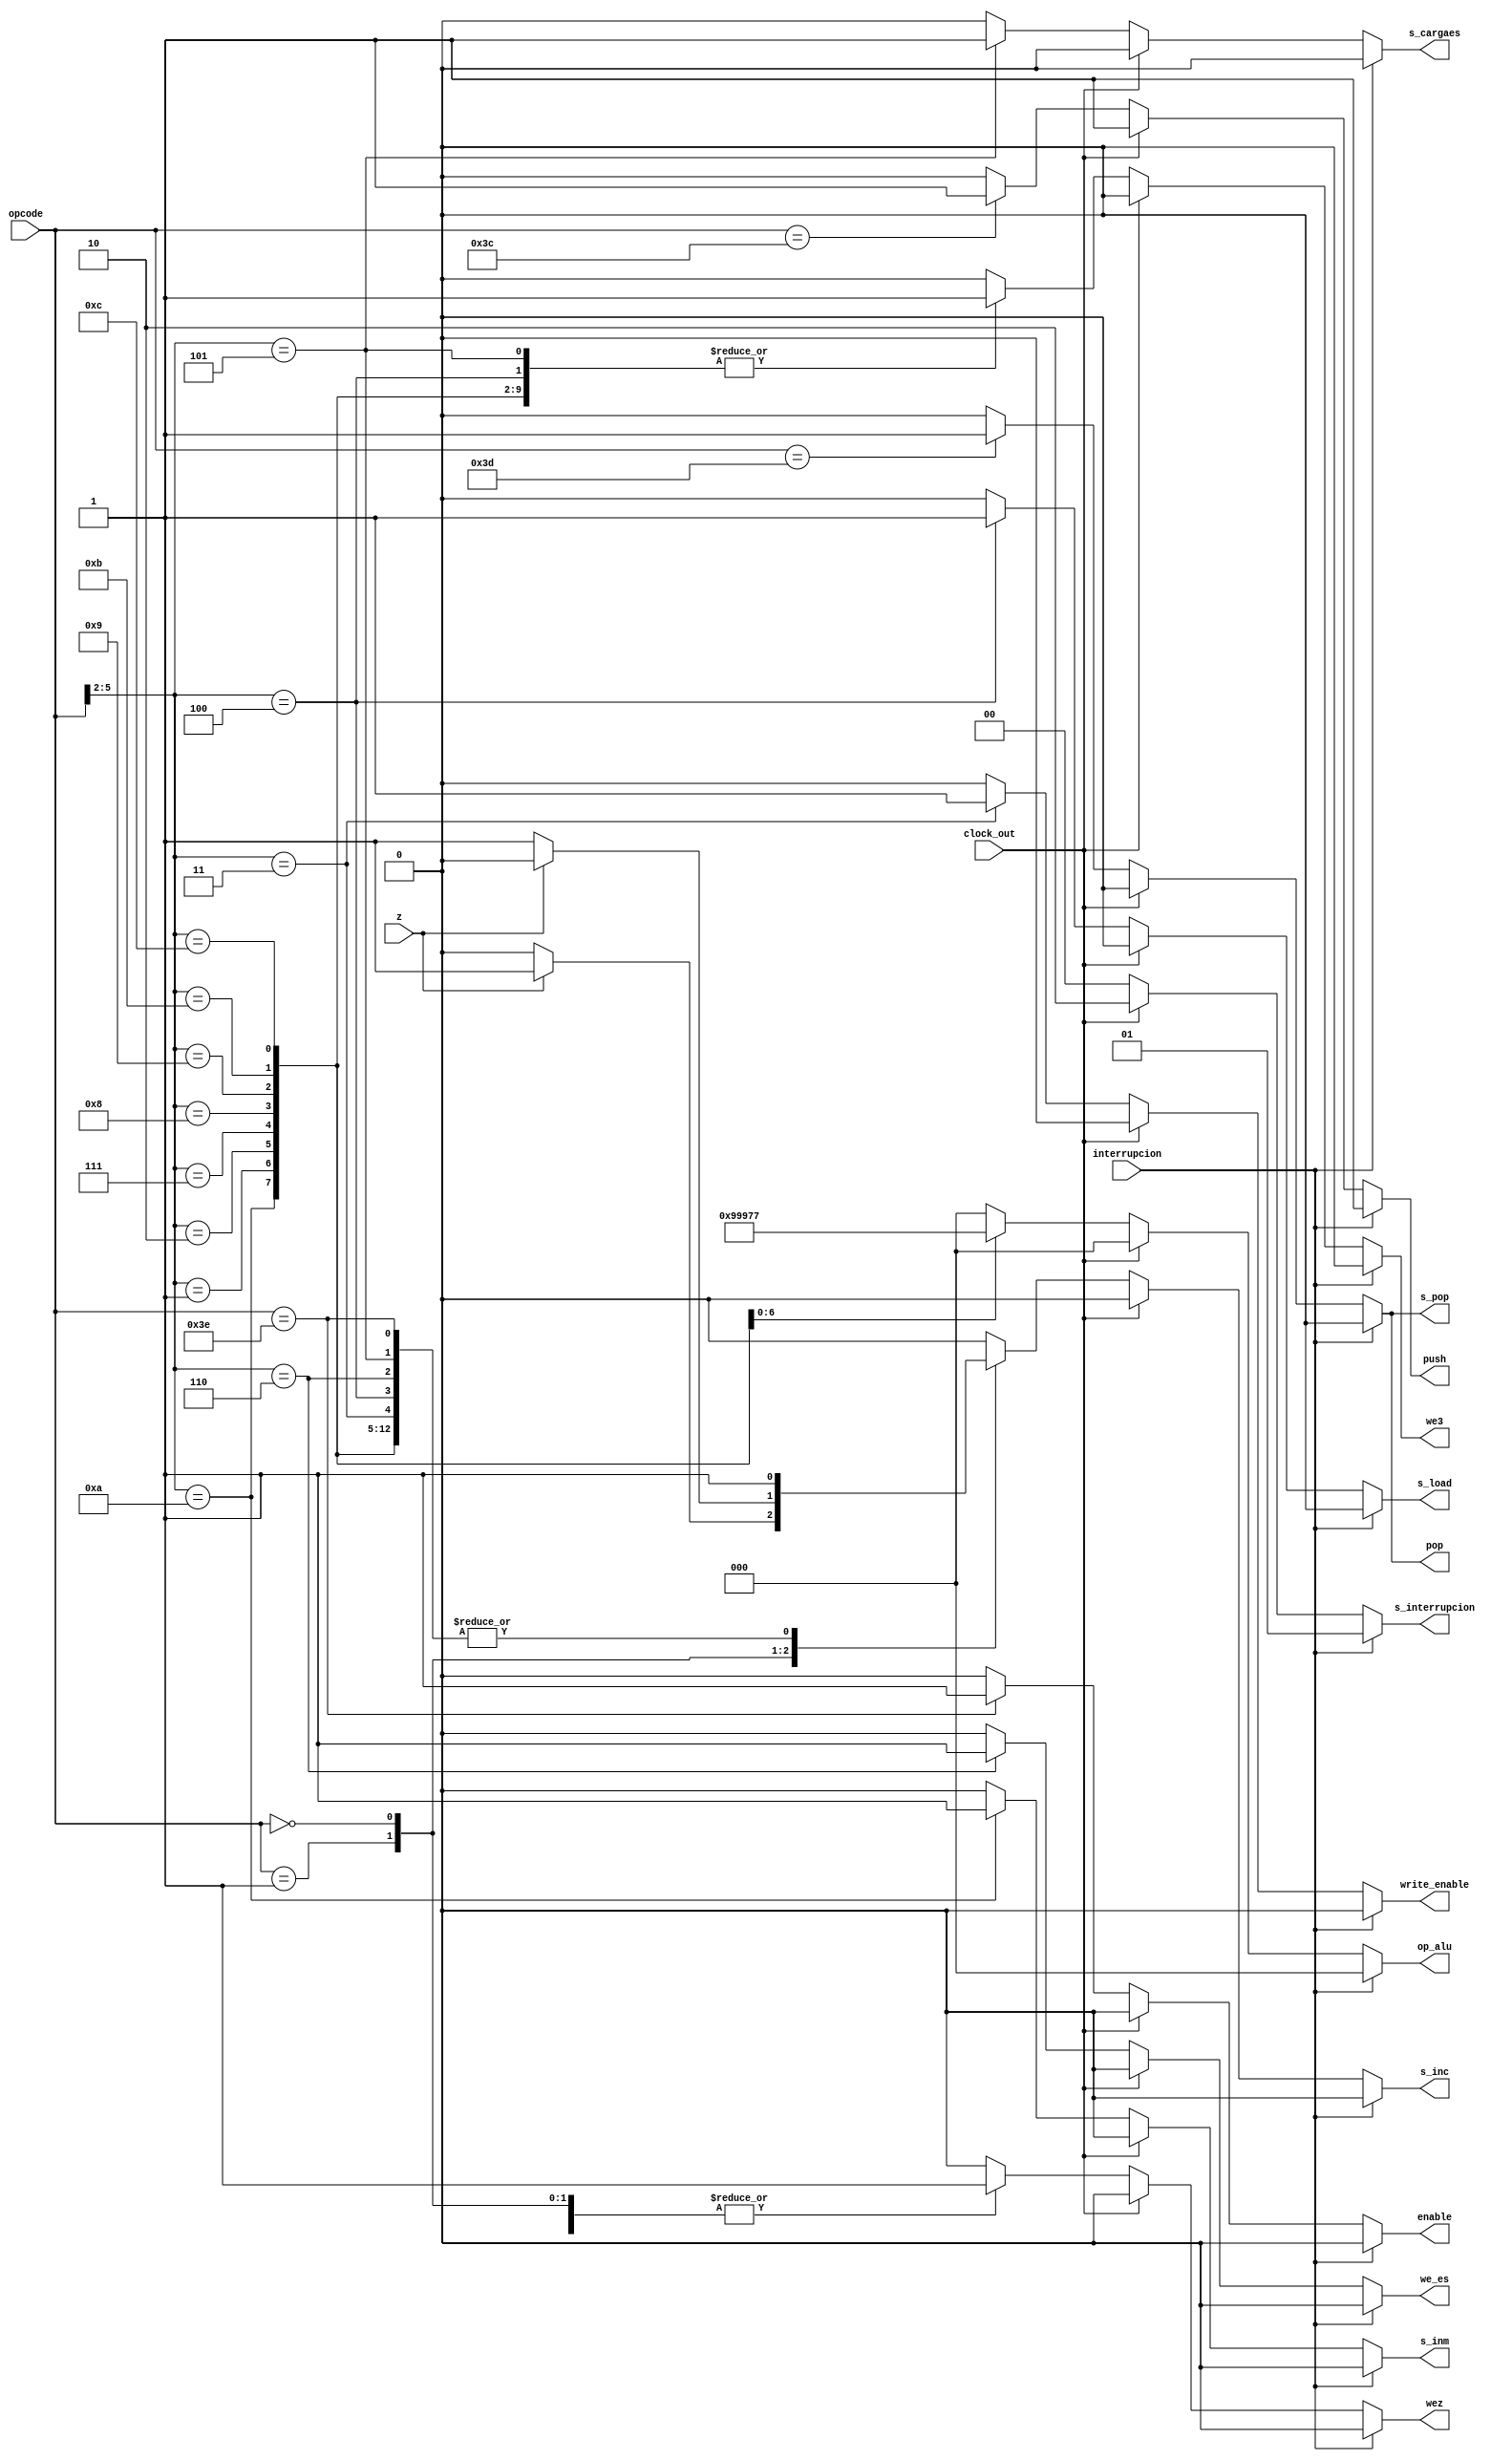
module uc(output reg [1:0] s_interrupcion, input wire [5:0] opcode, input wire z, interrupcion, clock_out,output reg s_inc, s_inm, we3, wez, push, pop, s_pop, write_enable, s_load, we_es,s_cargaes, enable,  output reg [2:0] op_alu);

parameter salto_absoluto = 6'b000011;
parameter salto_condicional_z = 6'b000001;
parameter salto_condicional_noz = 6'b000000;
parameter carga_inmediata = 6'b1010??;
parameter suma = 6'b0001??;
parameter resta = 6'b0010??;
parameter salto_sub = 6'b111100;
parameter retorno_sub = 6'b111101;
parameter guardar_memoria = 6'b0011??;
parameter cargar_memoria = 6'b0100??;
parameter entrada_es = 6'b0101??;
parameter salida_es = 6'b0110??;
parameter clk_conf = 6'b111110; // dejamos dos bits e usamos 8, 2 para base, 6 para umbral
parameter inversion = 6'b0111??;
parameter AND = 6'b1000??;
parameter OR = 6'b1001??;
parameter negar1 = 6'b1011??;
parameter negar2 = 6'b1100??;



always @(*) begin
    if (interrupcion) begin
                            s_inc = 1'b0;
                            s_inm = 1'b0;
                            we3 = 1'b0;
                            wez = 1'b0;
                            op_alu = 3'b000;
                            push = 1'b1;
                            pop = 1'b0;
                            s_pop = 1'b0;
                            write_enable = 1'b0;
                            s_load = 1'b0;
                            we_es = 1'b0;
                            s_cargaes = 1'b0; 
                            s_interrupcion =2'b01;
                            enable = 1'b0;
                            
    end else if (clock_out)begin
                            s_inc = 1'b0;
                            s_inm = 1'b0;
                            we3 = 1'b0;
                            wez = 1'b0;
                            op_alu = 3'b000;
                            push = 1'b1;
                            pop = 1'b0;
                            s_pop = 1'b0;
                            write_enable = 1'b0;
                            s_load = 1'b0;
                            we_es = 1'b0;
                            s_cargaes = 1'b0; 
                            s_interrupcion =2'b10;
                            enable = 1'b0;
    end else begin
                            
    casez (opcode)
        salto_sub:begin
                            s_inc = 1'b0;
                            s_inm = 1'b0;
                            we3 = 1'b0;
                            wez = 1'b0;
                            op_alu = 3'b000;
                            push = 1'b1;
                            pop = 1'b0;
                            s_pop = 1'b0;
                            write_enable = 1'b0;
                            s_load = 1'b0;
                            we_es = 1'b0;
                            s_cargaes = 1'b0;
                            s_interrupcion =2'b00;
                            enable = 1'b0;
                            
                        end
        retorno_sub:begin
                            s_inc = 1'b0;
                            s_inm = 1'b0;
                            we3 = 1'b0;
                            wez = 1'b0;
                            op_alu = 3'b000;
                            push = 1'b0;
                            pop = 1'b1;
                            s_pop = 1'b1;
                            write_enable = 1'b0;
                            s_load = 1'b0;
                            we_es = 1'b0;
                            s_cargaes = 1'b0;
                            s_interrupcion =2'b00;
                            enable = 1'b0;
                            
                        end
        salto_absoluto:begin
                            s_inc = 1'b0;
                            s_inm = 1'b0;
                            we3 = 1'b0;
                            wez = 1'b0;
                            op_alu = 3'b000;
                            push = 1'b0;
                            pop = 1'b0;
                            s_pop = 1'b0;
                            write_enable = 1'b0;
                            s_load = 1'b0;
                            we_es = 1'b0;
                            s_cargaes = 1'b0;
                            s_interrupcion =2'b00;
                            enable = 1'b0;
                            
                        end
        salto_condicional_z:begin
            if(z == 0) begin
                s_inc = 1'b0;
                s_inm = 1'b0;
                we3 = 1'b0;
                wez = 1'b1;
                op_alu = 3'b000;
                push = 1'b0;
                pop = 1'b0;
                s_pop = 1'b0;
                write_enable = 1'b0;
                s_load = 1'b0; 
                we_es = 1'b0;
                s_cargaes = 1'b0;
                s_interrupcion =2'b00;
                enable = 1'b0;
                
            end else begin
                s_inc = 1'b1;
                s_inm = 1'b0;
                we3 = 1'b0;
                wez = 1'b1;
                op_alu = 3'b000;
                push = 1'b0;
                pop = 1'b0;
                s_pop = 1'b0;
                write_enable = 1'b0;
                s_load = 1'b0;
                we_es = 1'b0;
                s_cargaes = 1'b0;
                s_interrupcion =2'b00;
                enable = 1'b0;
                
            end
            
        end
        salto_condicional_noz:begin
            if(z == 0) begin
                s_inc = 1'b1;
                s_inm = 1'b0;
                we3 = 1'b0;
                wez = 1'b1;
                op_alu = 3'b000;
                push = 1'b0;
                pop = 1'b0;
                s_pop = 1'b0;
                write_enable = 1'b0;
                s_load = 1'b0;
                we_es = 1'b0;
                s_cargaes = 1'b0;
                s_interrupcion =2'b00;
                enable = 1'b0;
                
            end else begin
                s_inc = 1'b0;
                s_inm = 1'b0;
                we3 = 1'b0;
                wez = 1'b1;
                op_alu = 3'b000;
                push = 1'b0;
                pop = 1'b0;
                s_pop = 1'b0;
                write_enable = 1'b0;
                s_load = 1'b0;
                we_es = 1'b0;
                s_cargaes = 1'b0;
                s_interrupcion =2'b00;
                enable = 1'b0;
                
            end
            
        end
        carga_inmediata: begin
            s_inc = 1'b1;
            s_inm = 1'b1;
            we3 = 1'b1;
            wez = 1'b0;
            op_alu = 3'b000;
            push = 1'b0;
            pop = 1'b0;
            s_pop = 1'b0;
            write_enable = 1'b0;
            s_load = 1'b0;
            we_es = 1'b0;
            s_cargaes = 1'b0; 
            s_interrupcion =2'b00;
            enable = 1'b0;
            
        end

        suma: begin
            s_inc = 1'b1;
            s_inm = 1'b0;
            we3 = 1'b1;
            wez = 1'b1;
            op_alu = 3'b010;
            push = 1'b0;
            pop = 1'b0;
            s_pop = 1'b0;
            write_enable = 1'b0;
            s_load = 1'b0;
            we_es = 1'b0;
            s_cargaes = 1'b0;
            s_interrupcion =2'b00;
            enable = 1'b0;
            
        end
        resta: begin
            s_inc = 1'b1;
            s_inm = 1'b0;
            we3 = 1'b1;
            wez = 1'b1;
            op_alu = 3'b011;
            push = 1'b0;
            pop = 1'b0;
            s_pop = 1'b0;
            write_enable = 1'b0;
            s_load = 1'b0;
            we_es = 1'b0;
            s_cargaes = 1'b0;
            s_interrupcion =2'b00;
            enable = 1'b0;
            
        end
        guardar_memoria: begin
            s_inc = 1'b1;
            s_inm = 1'b0;
            we3 = 1'b0;
            wez = 1'b0;
            op_alu = 3'b000;
            push = 1'b0;
            pop = 1'b0;
            s_pop = 1'b0;
            write_enable = 1'b1;
            s_load = 1'b0;
            we_es = 1'b0;
            s_cargaes = 1'b0;
            s_interrupcion =2'b00;
            enable = 1'b0;
            
            
        end
        cargar_memoria: begin
            s_inc = 1'b1;
            s_inm = 1'b0;
            we3 = 1'b1;
            wez = 1'b0;
            op_alu = 3'b000;
            push = 1'b0;
            pop = 1'b0;
            s_pop = 1'b0;
            write_enable = 1'b0;
            s_load = 1'b1;
            we_es = 1'b0;
            s_cargaes = 1'b0;
            s_interrupcion =2'b00;
            enable = 1'b0;
            
            
        end
        entrada_es: begin
            s_inc = 1'b1;
            s_inm = 1'b0;
            we3 = 1'b1;
            wez = 1'b0;
            op_alu = 3'b000;
            push = 1'b0;
            pop = 1'b0;
            s_pop = 1'b0;
            write_enable = 1'b0;
            s_load = 1'b0;
            we_es = 1'b0;
            s_cargaes = 1'b1;
            s_interrupcion =2'b00;
            enable = 1'b0;
            
            
        end
        salida_es: begin
            s_inc = 1'b1;
            s_inm = 1'b0;
            we3 = 1'b0;
            wez = 1'b0;
            op_alu = 3'b000;
            push = 1'b0;
            pop = 1'b0;
            s_pop = 1'b0;
            write_enable = 1'b0;
            s_load = 1'b0;
            we_es = 1'b1;
            s_cargaes = 1'b0;
            s_interrupcion =2'b00;
            enable = 1'b0;
            
            
        end
        clk_conf:begin
                            s_inc = 1'b1;
                            s_inm = 1'b0;
                            we3 = 1'b0;
                            wez = 1'b0;
                            op_alu = 3'b000;
                            push = 1'b0;
                            pop = 1'b0;
                            s_pop = 1'b0;
                            write_enable = 1'b0;
                            s_load = 1'b0;
                            we_es = 1'b0;
                            s_cargaes = 1'b0;
                            s_interrupcion =2'b00;
                            enable = 1'b1;
                            
                        end

        inversion: begin
            s_inc = 1'b1;
            s_inm = 1'b0;
            we3 = 1'b1;
            wez = 1'b1;
            op_alu = 3'b001;
            push = 1'b0;
            pop = 1'b0;
            s_pop = 1'b0;
            write_enable = 1'b0;
            s_load = 1'b0;
            we_es = 1'b0;
            s_cargaes = 1'b0;
            s_interrupcion =2'b00;
            enable = 1'b0;
        end
        
        AND: begin
            s_inc = 1'b1;
            s_inm = 1'b0;
            we3 = 1'b1;
            wez = 1'b1;
            op_alu = 3'b100;
            push = 1'b0;
            pop = 1'b0;
            s_pop = 1'b0;
            write_enable = 1'b0;
            s_load = 1'b0;
            we_es = 1'b0;
            s_cargaes = 1'b0;
            s_interrupcion =2'b00;
            enable = 1'b0;
            
        end
        OR: begin
            s_inc = 1'b1;
            s_inm = 1'b0;
            we3 = 1'b1;
            wez = 1'b1;
            op_alu = 3'b101;
            push = 1'b0;
            pop = 1'b0;
            s_pop = 1'b0;
            write_enable = 1'b0;
            s_load = 1'b0;
            we_es = 1'b0;
            s_cargaes = 1'b0;
            s_interrupcion =2'b00;
            enable = 1'b0;
            
        end
        negar1: begin
            s_inc = 1'b1;
            s_inm = 1'b0;
            we3 = 1'b1;
            wez = 1'b1;
            op_alu = 3'b110;
            push = 1'b0;
            pop = 1'b0;
            s_pop = 1'b0;
            write_enable = 1'b0;
            s_load = 1'b0;
            we_es = 1'b0;
            s_cargaes = 1'b0;
            s_interrupcion =2'b00;
            enable = 1'b0;
        end
        
          negar2: begin
            s_inc = 1'b1;
            s_inm = 1'b0;
            we3 = 1'b1;
            wez = 1'b1;
            op_alu = 3'b111;
            push = 1'b0;
            pop = 1'b0;
            s_pop = 1'b0;
            write_enable = 1'b0;
            s_load = 1'b0;
            we_es = 1'b0;
            s_cargaes = 1'b0;
            s_interrupcion =2'b00;
            enable = 1'b0;
            
        
          end
        default: begin
            s_inc = 1'b0;
            s_inm = 1'b0;
            we3 = 1'b0;
            wez = 1'b0;
            op_alu = 3'b000;
            push = 1'b0;
            pop = 1'b0;
            s_pop = 1'b0;
            write_enable = 1'b0;
            s_load = 1'b0;
            we_es = 1'b0;
            s_cargaes = 1'b0; 
            s_interrupcion =2'b00;
            enable = 1'b0;
            
        end
    endcase
    end
end

endmodule
//aadir las operaciones alu
//interrupciones aadir un par mux4a1
//cambiar a direccionamiento indirecto por registro store load